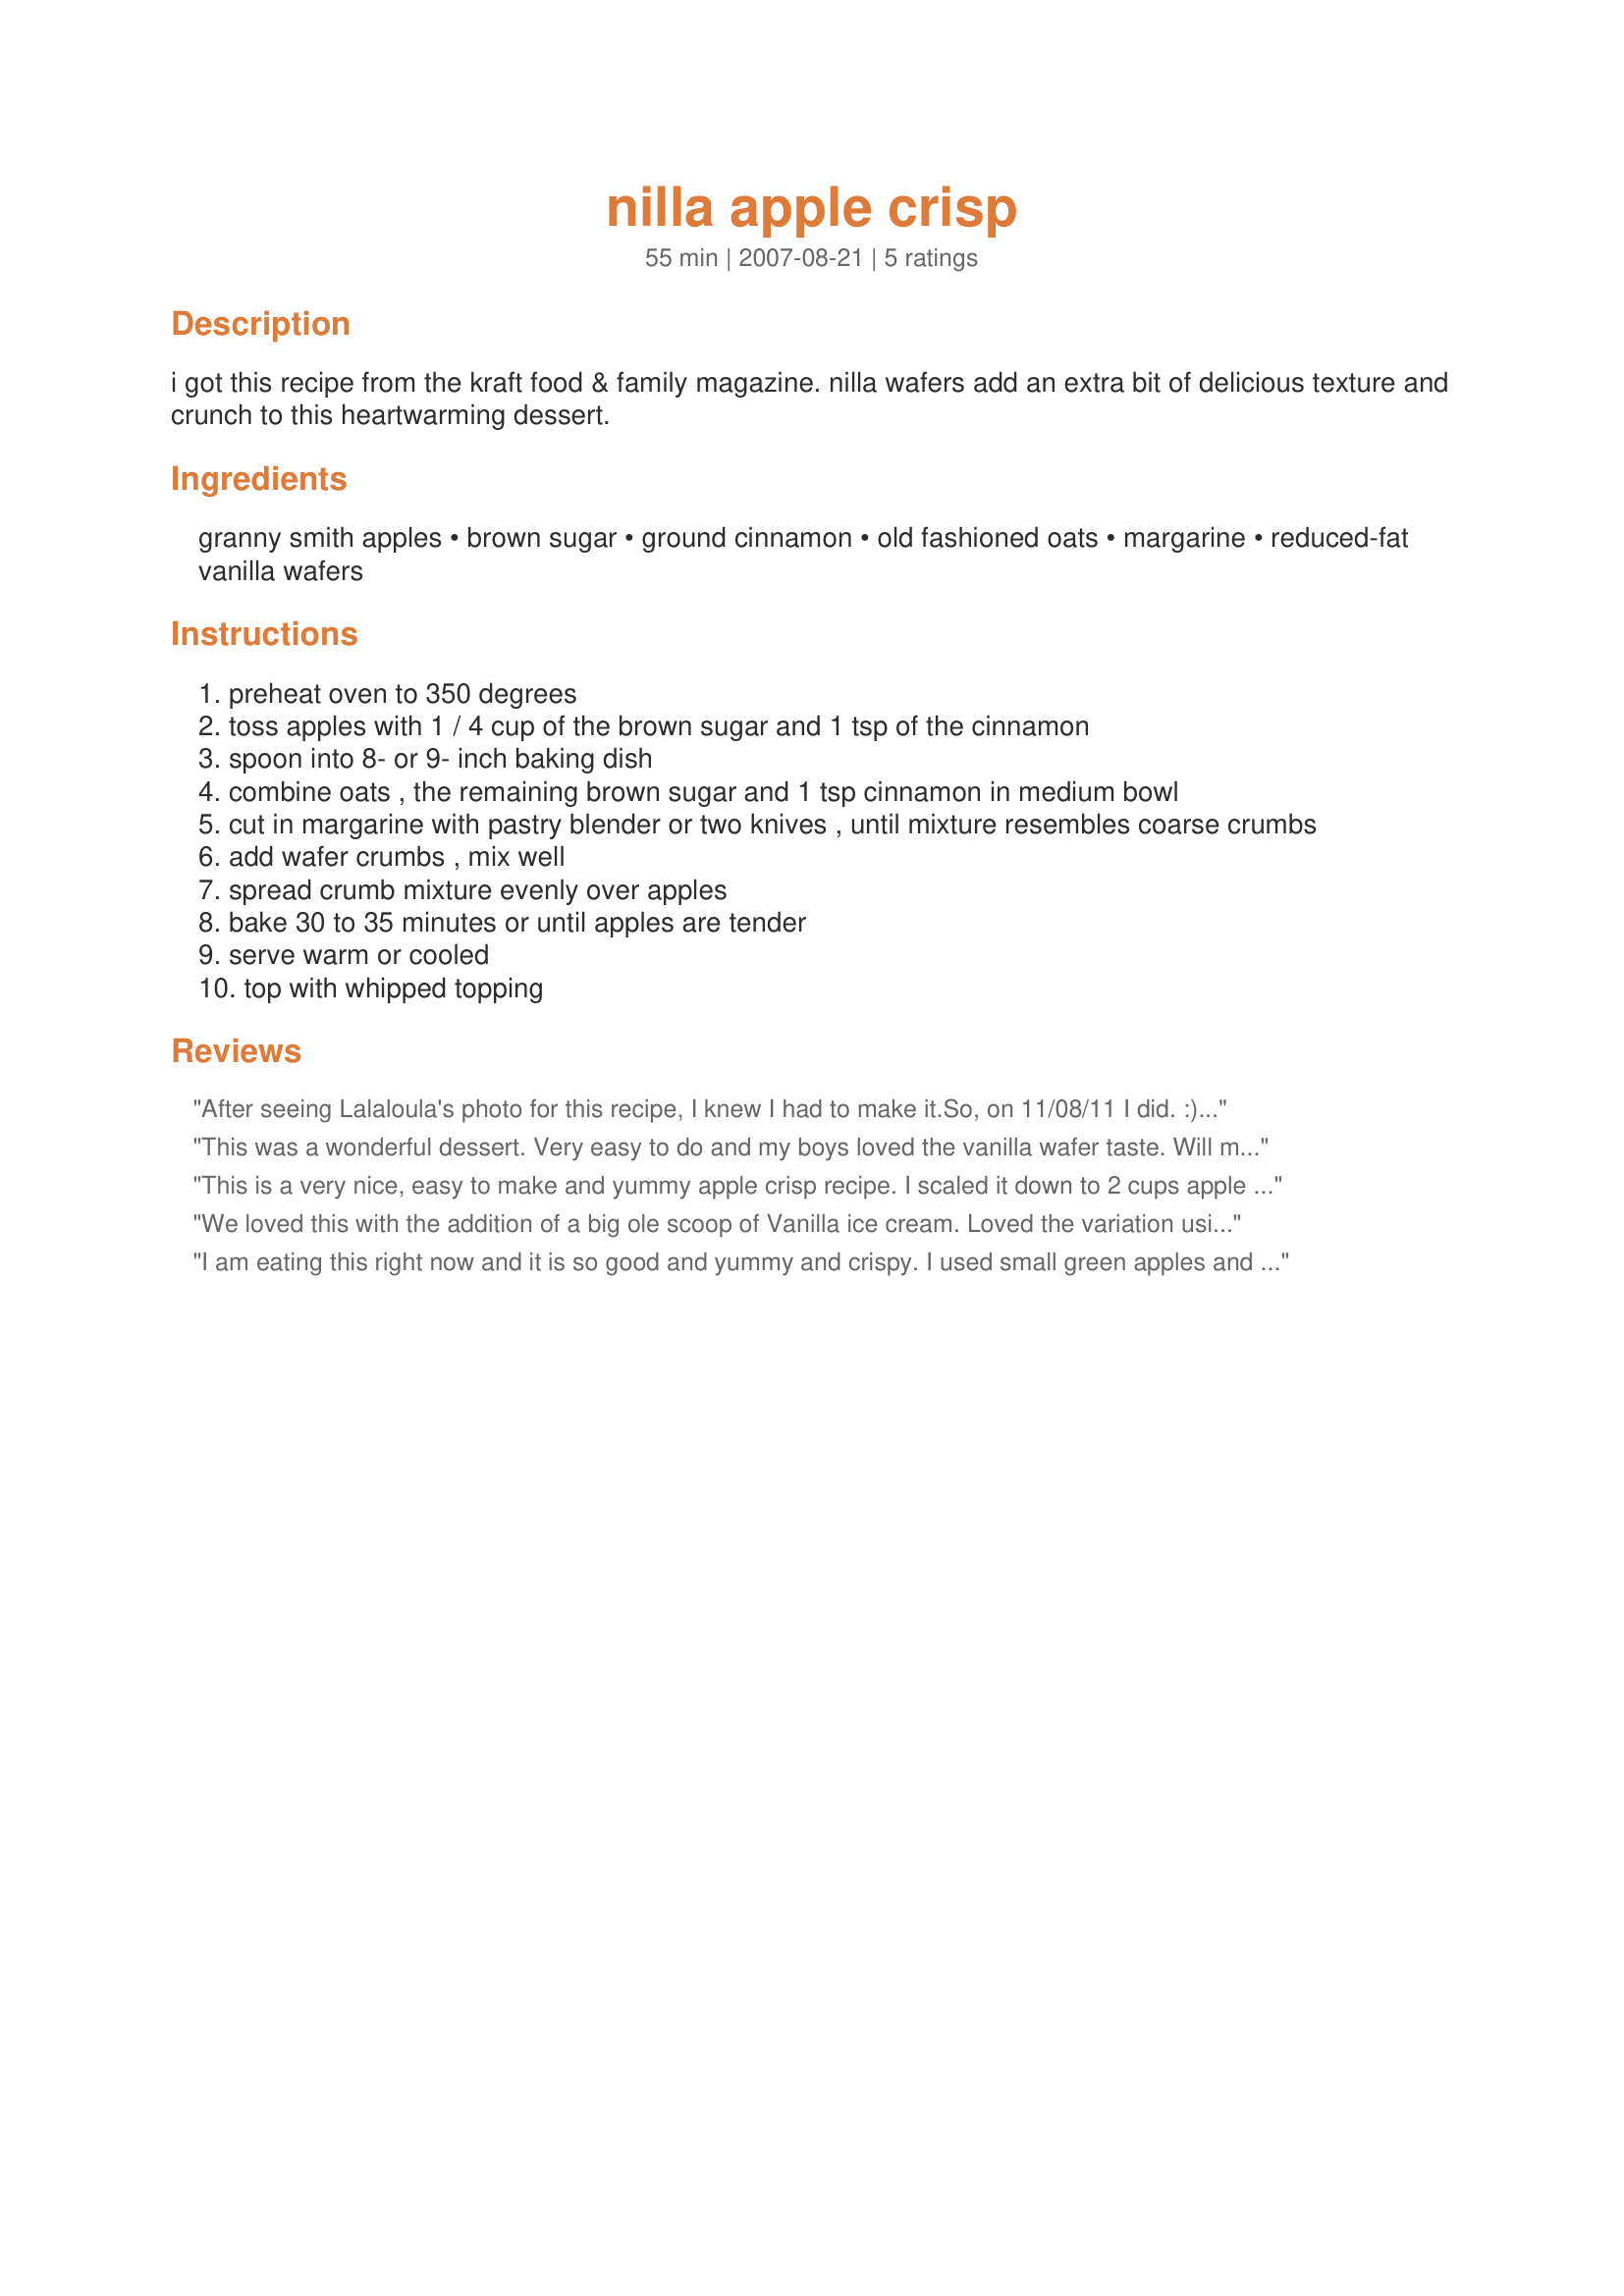
nilla apple crisp
Preparation time: 55 minutes

i got this recipe from the kraft food & family magazine. nilla wafers add an extra bit of delicious texture and crunch to this heartwarming dessert.

Ingredients:
granny smith apples, brown sugar, ground cinnamon, old fashioned oats, margarine, reduced-fat vanilla wafers

Steps:
preheat oven to 350 degrees
toss apples with 1 / 4 cup of the brown sugar and 1 tsp of the cinnamon
spoon into 8- or 9- inch baking dish
combine oats , the remaining brown sugar and 1 tsp cinnamon in medium bowl
cut in margarine with pastry blender or two knives , until mixture resembles coarse crumbs
add wafer crumbs , mix well
spread crumb mixture evenly over apples
bake 30 to 35 minutes or until apples are tender
serve warm or cooled
top with whipped topping

Reviews:
After seeing Lalaloula's photo for this recipe, I knew I had to make it.So, on 11/08/11 I did. :). Other than cutting the recipe in half,this recipe was made as it was written.For some reason it didn't crisp up, but we did like the " extra something " that the vanilla wafers gave this. Thanks for posting and, " Keep Smiling :) "
This was a wonderful dessert. Very easy to do and my boys loved the vanilla wafer taste. Will make again soon!
This is a very nice, easy to make and yummy apple crisp recipe. I scaled it down to 2 cups apple in total and for that I used only 1/2 tbs sugar in total as my fruit was very sweet and ripe. I didnt have any vanilla wafers, so I subbed digestives, which worked out nicely. I found that for my oven the temp was a bit too high as some of the topping browned a bit too much. Other than that, though a true keeper. THANK YOU SO MUCH for sharing it here with us, Crafty! :)<br/>Made and reviewed for the Aussie/NZ Recipe Swap November 2011.
We loved this with the addition of a big ole scoop of Vanilla ice cream. Loved the variation using the vanilla wafers. Will certainly make again! Thanks Crafty!
I am eating this right now and it is so good and yummy and crispy. I used small green apples and left the skin on. I also used digestives like another reviewer as I had no wafers plus threw in some sultanas. Excellent recipe, many thanks.
